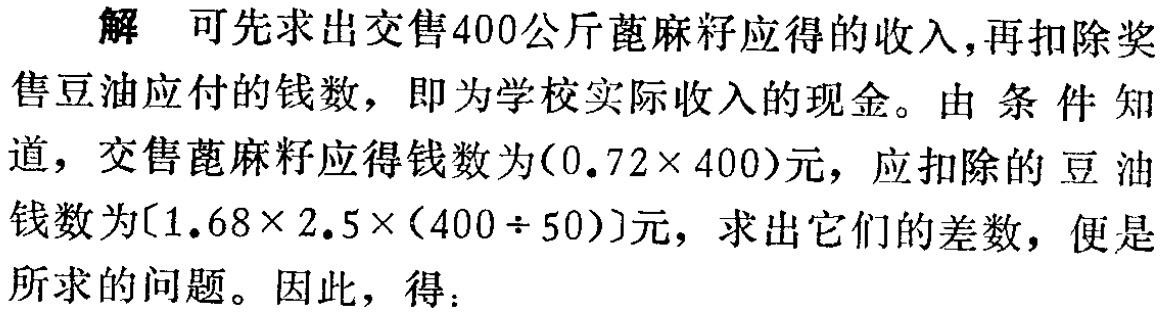
解 可先求出交售400公斤蓖麻籽应得的收入,再扣除奖售豆油应付的钱数，即为学校实际收入的现金。由 条 件 知道，交售蓖麻籽应得钱数为\((0.72\times 400)\)元，应扣除的 豆 油钱数为\([1.68\times 2.5\times(400\div 50)]\)元，求出它们的差数，便是所求的问题。因此，得：